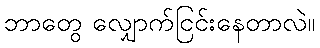
ဘာတွေ လျှောက်ငြင်းနေတာလဲ။